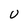
Character: U